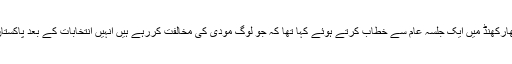
انہوں نے جھارکھنڈ میں ایک جلسہ عام سے خطاب کرتے ہوئے کہا تھا کہ جو لوگ مودی کی مخالفت کررہے ہیں انہیں انتخابات کے بعد پاکستان جانا ہوگا ۔